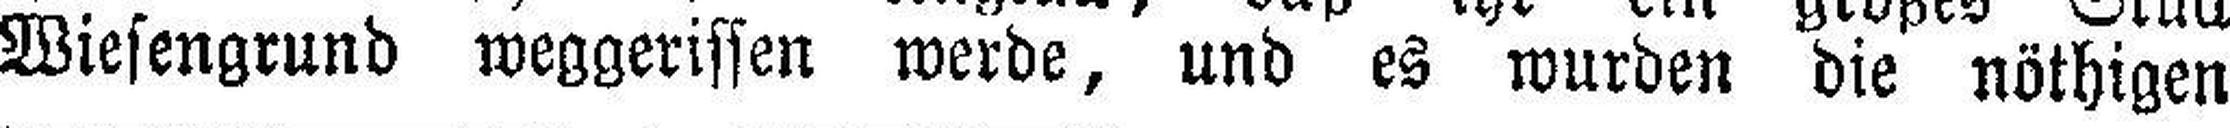
Wiesengrund weggerissen werde, und es wurden die nöthigen